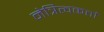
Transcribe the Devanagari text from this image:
नेत्रित्वकर्ता